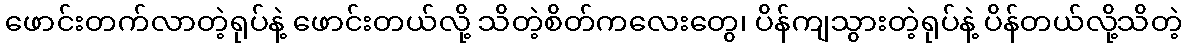
ဖောင်းတက်လာတဲ့ရုပ်နဲ့ ဖောင်းတယ်လို့ သိတဲ့စိတ်ကလေးတွေ၊ ပိန်ကျသွားတဲ့ရုပ်နဲ့ ပိန်တယ်လို့သိတဲ့